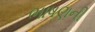
ભાષણની